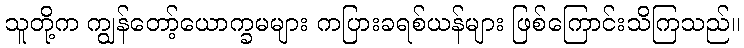
သူတို့က ကျွန်တော့်ယောက္ခမများ ကပြားခရစ်ယန်များ ဖြစ်ကြောင်းသိကြသည်။